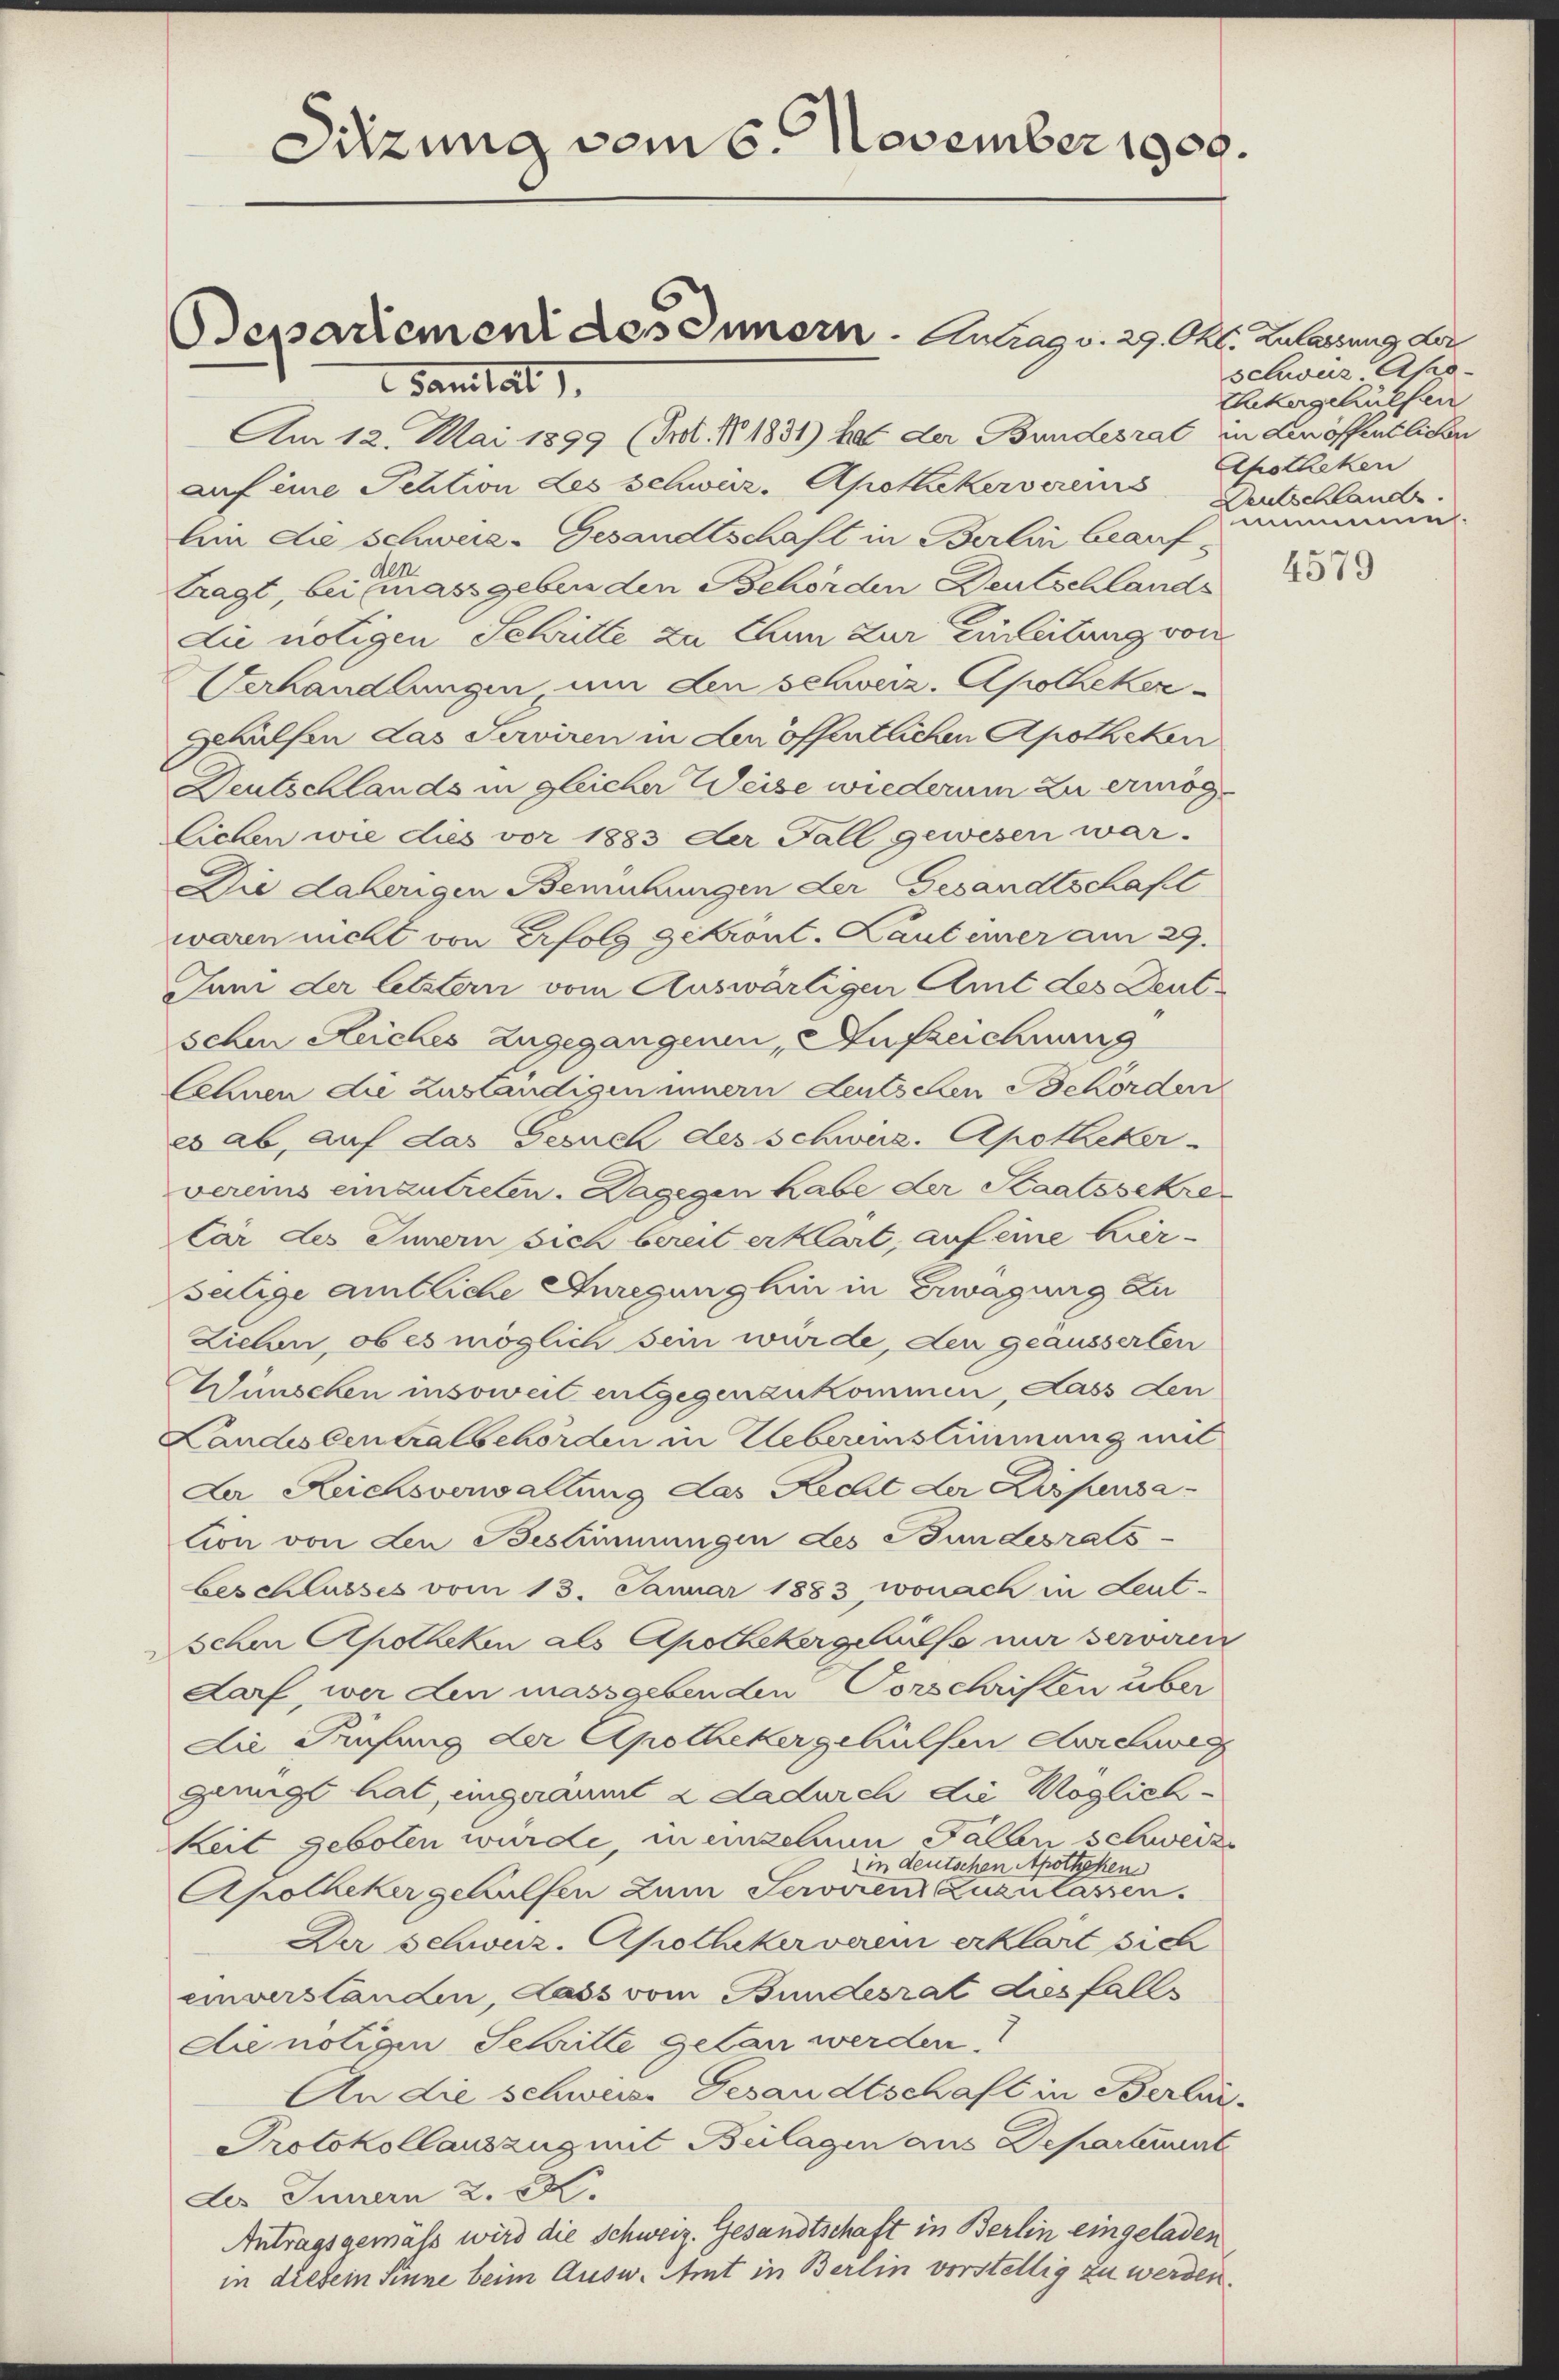
Sitzung vom 6. November 1909.

Separiement des Innern - Antrag v. 29. Okt. Zulassung der

Sanitat
Am 12. Mai 1899 (Frl. No. 1831) hat der Bundesrat in den öffentlichen
auf eine Pehtion des Schweiz, Apothekervereins
Am die Schwere- Gesandtschaft in Berlin beauf-
den
tragt, bei massgeben den Behörden Deutschlands
die nötigen Schritte zu tun zur Einleitung von
Verhandlungen um den schweiz. Apotheker-
gehülfen das Serviren in den öffentlichen Apotheken
Deutschlands in gleicher Weise wiederum zu ermöglichen wie dies vor 1883 der Fall gewesen war.
Die daherigen Bemühungen der Gesandtschaftl
waren nicht von Erfolg gekrönt. Laut einer am 29.
Juni der letztern vom Auswärtigen Amt des Deutschen Reiches Zugegangenen, Aufzeichnung
Cehnen die zuständigen innern deutschen Behörden
eab, auf das Gesuch des schweiz. Apotheker-
vereins einzutreten. Dagegen habe der Staatssekre
Cär des Innern sich bereit erklärt, auf eine hier-
seitige amtliche Anregung hin in Erwägung zu
Ziehen, ob es möglich sein würde, den geäusserten
Wünschen insoweit entgegenzukommen, dass den
Landiscentralbehörden in Uebereinstimmung mit
La Reichsverwaltung das Recht der Kispensation von den Bestimmungen des Bundesrats-
beschlusses vom 13. Januar 1883, wonach in Leut-
schen Apotheken als Apothekergehülfe mir serviren
darf, war den massgebenden Vorschriften über
die Fühung der Apothekergehülfen durchweg
genügt hat, ungeräumt & dadurch die Möglick
keit geboten würde, in einzelnen Fallen schweize
in deutschen Apotheken
Apotheker gehülfen zum Serviren Zuzulassen.
Der Schwuz-Apotheker varen erklärt sich
einverständen, dass vom Bundesrat diesfalls
die nötigen Schritte getan werden.
An die schweise Gesandtschaft in Berli-
Protokollauszug mit Bulagen aus Departenunt
des Innern 2. St.
Antragsgemäss wird die Schweiz. Gesandtschaft in Berlin eingeladen
in diesem Sinne beim Ausw. Amt in Berlin vorstellig zu werden.

schweiz Apo-
Ehekergehülfen
Apotheken
Deutschland.
simmen.

4579